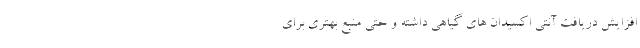
افزایش دریافت آنتی اکسیدان های گیاهی داشته و حتی منبع بهتری برای